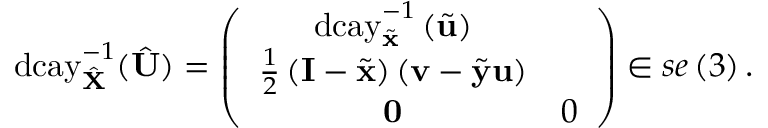
\mathrm { d c a y } _ { \hat { \mathbf { X } } } ^ { - 1 } ( \hat { \mathbf { U } } ) = \left( \begin{array} { c c } { \mathrm { d c a y } _ { \tilde { \mathbf { x } } } ^ { - 1 } \left( \tilde { \mathbf { u } } \right) } & { } \\ { \frac { 1 } { 2 } \left( \mathbf { I } - \tilde { \mathbf { x } } \right) \left( \mathbf { v } - \tilde { \mathbf { y } } \mathbf { u } \right) } \\ { \mathbf { 0 } } & { 0 } \end{array} \right) \in s e \left( 3 \right) .